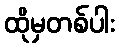
ထိုမှတစ်ပါး